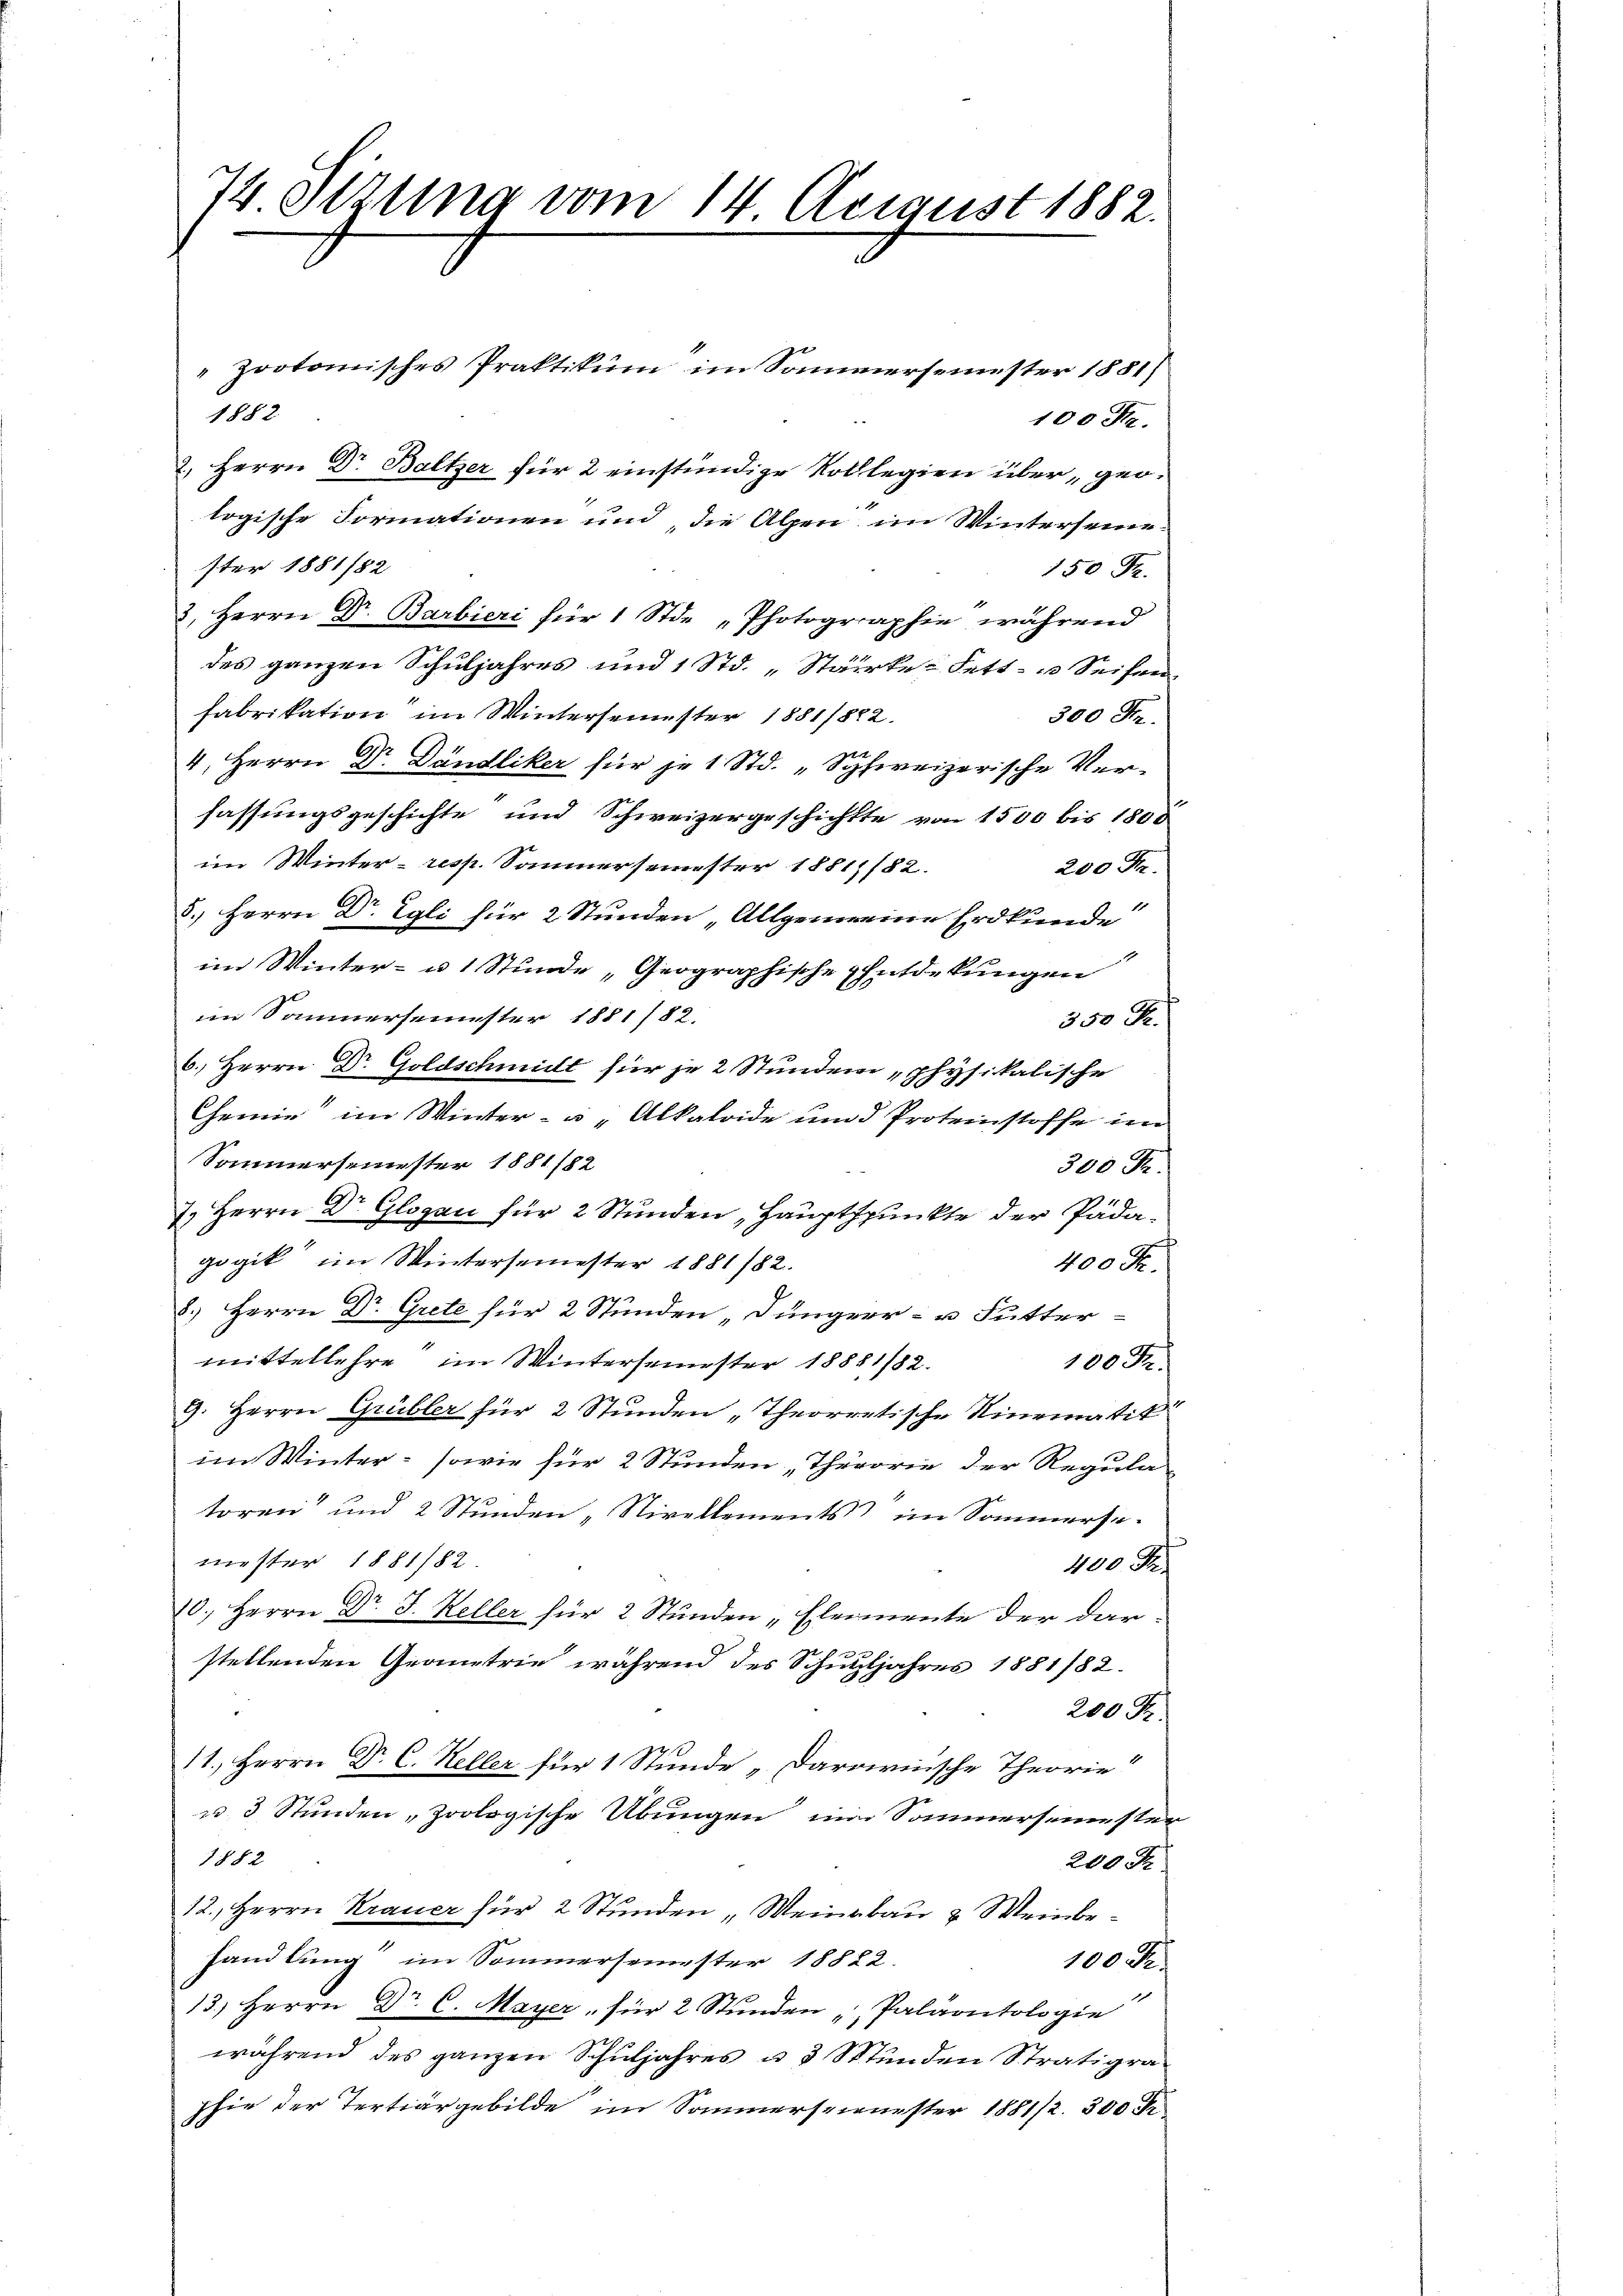
74 Sitzung vom 14. August 1882.

"protomisches Praktikum im Sonnersemester 1881)
1882
100 Fr.
2. Herrn Dr Baltzer für 2 einstündige Kolllegien über geologische Formationen und, die Alpen im Winterseine
ster 1881/82
150 Fr.
3. Herrn Dr. Barbieri für 1 Stde „Photographie, während
des ganzen Schuljahres und 1 Std. „Stärke Fett- u Seifen
fabrikation im Wintersemester 1881/822.
300 Fr.
4. Herrn Dr. Dändliker für je 1 Std. „Schweizerische Verfassungsgeschichte und Schweizergeschichtte von 1500 bis 1800
im Winter- resp. Sommersemester 1881/82.
200 Fr.
5.) Herrn Dr. Egli für 2 Stunden „Allgemeine Erdkunde
im Winter- u. 1 Stunde „Geographische Entdekungen
im Sammersemester 1881/82.
350 Fr.
6.) Herrn Dr Goldschmilt für je 2 Stunden physikalische
Chemie im Winter- u. Alkaloide um d Protestoffe im
Sommersemester 1881/82
300 Fr.
7. Herrn Dr Glogau für 2 Stunden „Hauptspunkte der Pädagogik im Wintersemester 1881/82.
400 Fr.
8.) Herrn Dr. Grete für 2 Stunden „Jünger- u Futter
mittellehre im Wintersemester 18881/82.
100 Fr.
9. Herrn Grübler für 2 Stunden „Theorretische Rinematik
im Winter- sowie für 2 Stunden „Theorie der Regulatoren und 2 Stunden „Nivellements) im Sommersemester 1881/82.
400 Fr.
10.) Herrn Dr. J. Keller für 2 Stunden „Elemente der dar-
stellenden Geometrie, während des Schuljahres 1881/82.
200 Fr.
11., Herrn Dr. C. Keller für 1 Stunde „Daroirnische Theorie
u. 3 Stunden, Zoologische Übungen im Sommersemester
1882
200 Fr
12., Herrn Krauer für 2 Stunden „Meinbau & Weinbehandlung im Sommersemester 18822.
100 d
13.) Herrn Dr. C. Mayer, für 2 Stunden „Paläontologie
während des ganzen Schuljahres u. 3 Stunden Stratigraphie der Tertiargebilde im Sommersemester 1881/2. 300